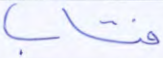
فتاب